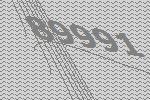
89991